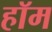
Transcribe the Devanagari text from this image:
हॉम